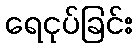
ရေငုပ်ခြင်း